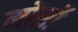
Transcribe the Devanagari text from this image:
मोर्सो